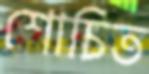
শোচিত